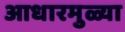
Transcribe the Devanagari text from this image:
आधारमुळ्या